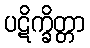
ပဋိက္ခိတ္တာ